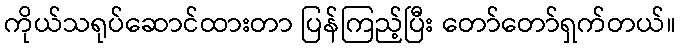
ကိုယ်သရုပ်ဆောင်ထားတာ ပြန်ကြည့်ပြီး တော်တော်ရှက်တယ်။